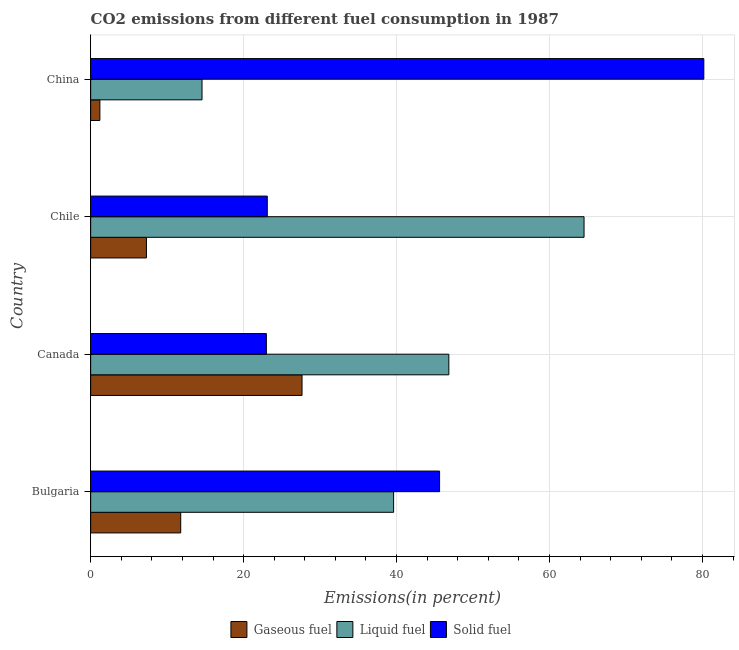
| Country | Gaseous fuel | Liquid fuel | Solid fuel |
 | --- | --- | --- | --- |
 | Bulgaria | 11.8 | 39.6 | 45.6 |
 | Canada | 27.6 | 46.8 | 23 |
 | Chile | 7.29 | 64.5 | 23.1 |
 | China | 1.2 | 14.6 | 80.2 |